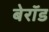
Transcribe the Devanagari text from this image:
बेरॉड